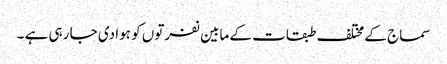
سماج کے مختلف طبقات کے مابین نفرتوں کو ہوا دی جا رہی ہے ۔